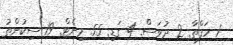
1 ހަފްތާ